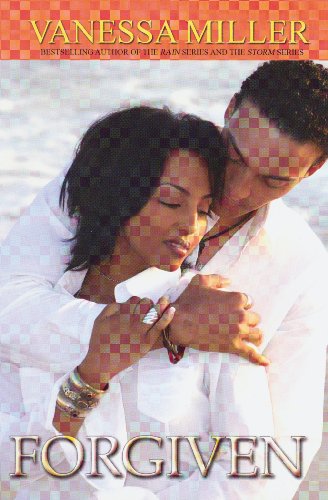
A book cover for Forgiven (Urban Christian); Vanessa Miller; Literature & Fiction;